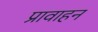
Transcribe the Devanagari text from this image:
प्रावाहन